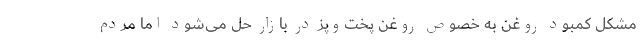
مشکل کمبود روغن به خصوص روغن پخت‌وپز در بازار حل می‌شود اما مردم